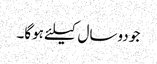
جو دوسال کیلئے ہوگا۔